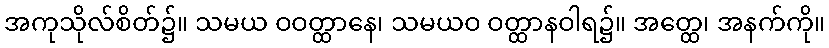
အကုသိုလ်စိတ်၌။ သမယ ဝဝတ္ထာနေ၊ သမယဝ ဝတ္ထာနဝါရ၌။ အတ္ထေ၊ အနက်ကို။